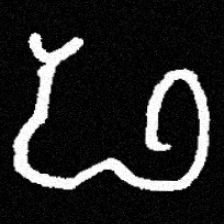
Pyu character \u2014 Myanmar letter: ဖ (romanized: pha)